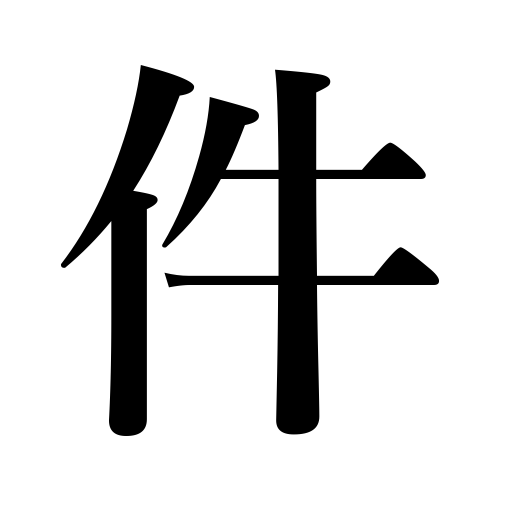
Meanings: case,matter,item